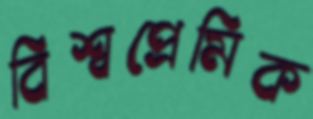
বিশ্বপ্রেমিক